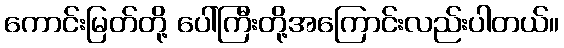
ကောင်းမြတ်တို့ ပေါ်ကြီးတို့အကြောင်းလည်းပါတယ်။